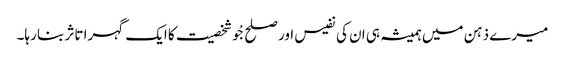
میرے ذہن میں ہمیشہ ہی ان کی نفیس اور صلح جْو شخصیت کا ایک گہرا تاثر بنا رہا۔